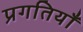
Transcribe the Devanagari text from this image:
प्रगतियाँ